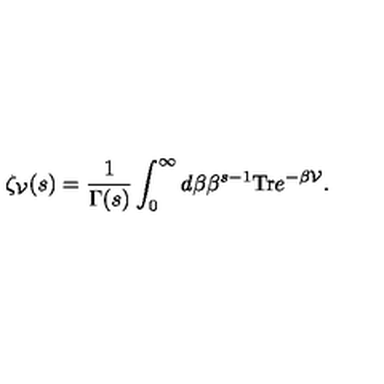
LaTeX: \zeta _ { \cal V } ( s ) = \frac { 1 } { \Gamma ( s ) } \int _ { 0 } ^ { \infty } d \beta \beta ^ { s - 1 } \mathrm { T r } e ^ { - \beta { \cal V } } .